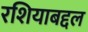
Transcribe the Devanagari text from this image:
रशियाबद्दल